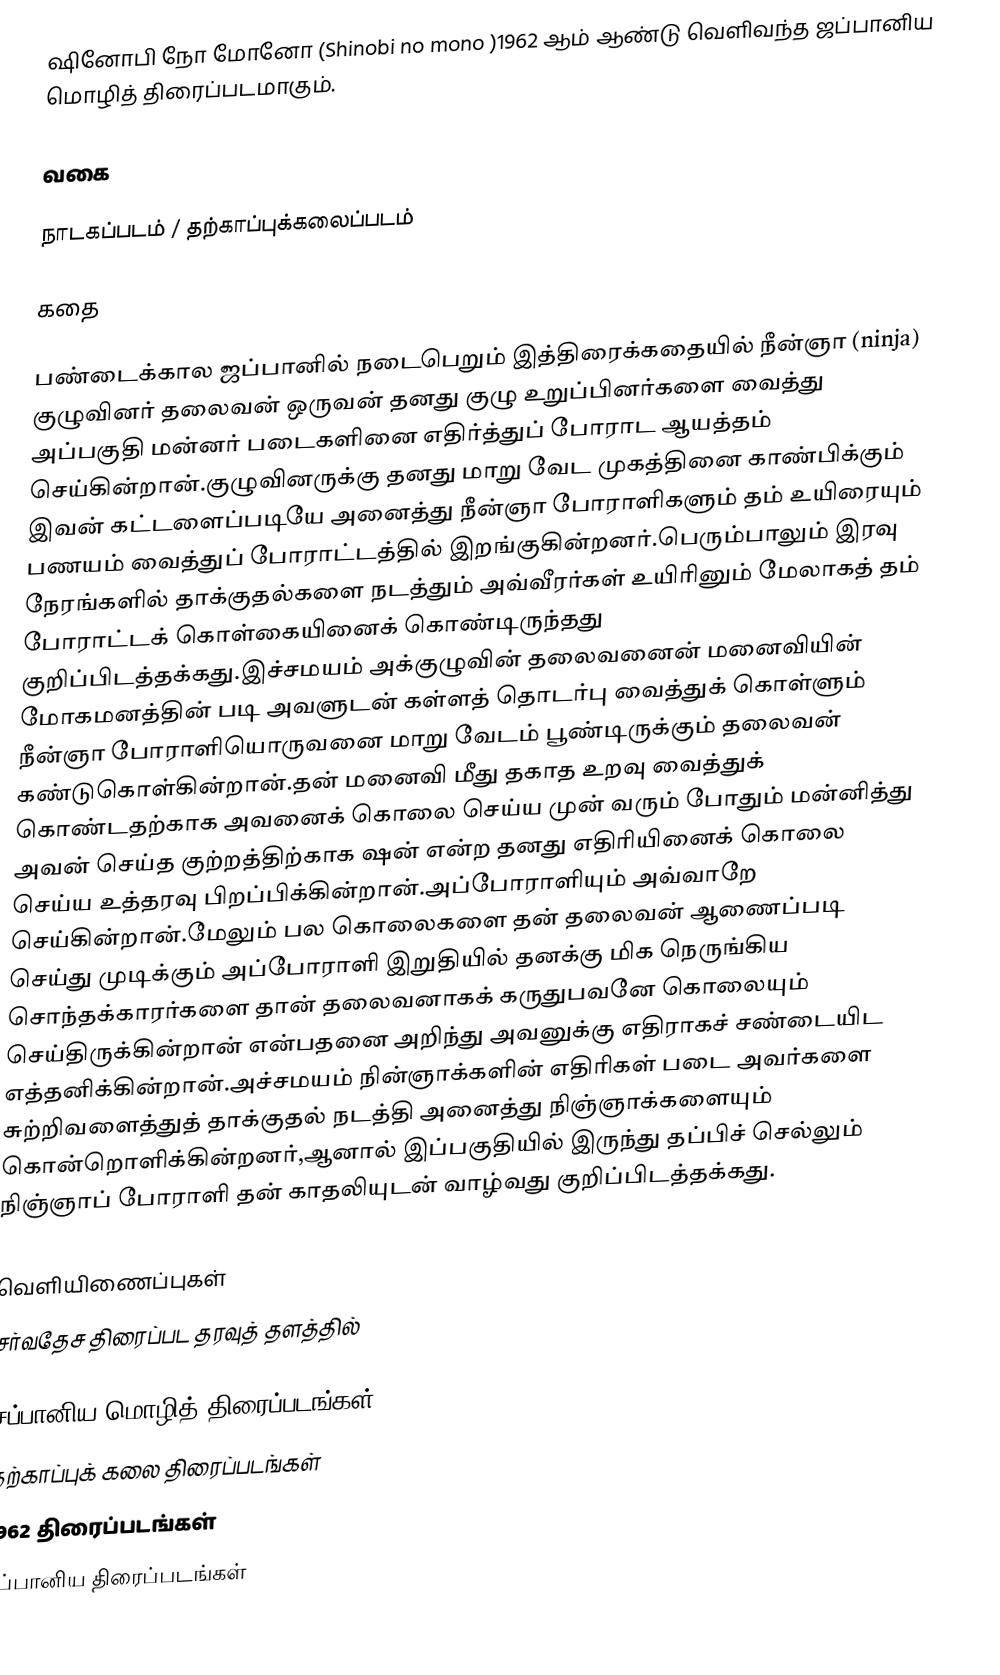
ஷினோபி நோ மோனோ (Shinobi no mono )1962 ஆம் ஆண்டு வெளிவந்த ஜப்பானிய மொழித் திரைப்படமாகும்.

வகை

நாடகப்படம் / தற்காப்புக்கலைப்படம்

கதை

பண்டைக்கால ஜப்பானில் நடைபெறும் இத்திரைக்கதையில் நீன்ஞா (ninja) குழுவினர் தலைவன் ஒருவன் தனது குழு உறுப்பினர்களை வைத்து அப்பகுதி மன்னர் படைகளினை எதிர்த்துப் போராட ஆயத்தம் செய்கின்றான்.குழுவினருக்கு தனது மாறு வேட முகத்தினை காண்பிக்கும் இவன் கட்டளைப்படியே அனைத்து நீன்ஞா போராளிகளும் தம் உயிரையும் பணயம் வைத்துப் போராட்டத்தில் இறங்குகின்றனர்.பெரும்பாலும் இரவு நேரங்களில் தாக்குதல்களை நடத்தும் அவ்வீரர்கள் உயிரினும் மேலாகத் தம் போராட்டக் கொள்கையினைக் கொண்டிருந்தது குறிப்பிடத்தக்கது.இச்சமயம் அக்குழுவின் தலைவனைன் மனைவியின் மோகமனத்தின் படி அவளுடன் கள்ளத் தொடர்பு வைத்துக் கொள்ளும் நீன்ஞா போராளியொருவனை மாறு வேடம் பூண்டிருக்கும் தலைவன் கண்டுகொள்கின்றான்.தன் மனைவி மீது தகாத உறவு வைத்துக் கொண்டதற்காக அவனைக் கொலை செய்ய முன் வரும் போதும் மன்னித்து அவன் செய்த குற்றத்திற்காக ஷன் என்ற தனது எதிரியினைக் கொலை செய்ய உத்தரவு பிறப்பிக்கின்றான்.அப்போராளியும் அவ்வாறே செய்கின்றான்.மேலும் பல கொலைகளை தன் தலைவன் ஆணைப்படி செய்து முடிக்கும் அப்போராளி இறுதியில் தனக்கு மிக நெருங்கிய சொந்தக்காரர்களை தான் தலைவனாகக் கருதுபவனே கொலையும் செய்திருக்கின்றான் என்பதனை அறிந்து அவனுக்கு எதிராகச் சண்டையிட எத்தனிக்கின்றான்.அச்சமயம் நின்ஞாக்களின் எதிரிகள் படை அவர்களை சுற்றிவளைத்துத் தாக்குதல் நடத்தி அனைத்து நிஞ்ஞாக்களையும் கொன்றொளிக்கின்றனர்,ஆனால் இப்பகுதியில் இருந்து தப்பிச் செல்லும் நிஞ்ஞாப் போராளி தன் காதலியுடன் வாழ்வது குறிப்பிடத்தக்கது.

வெளியிணைப்புகள்
சர்வதேச திரைப்பட தரவுத் தளத்தில்

சப்பானிய மொழித் திரைப்படங்கள்
தற்காப்புக் கலை திரைப்படங்கள்
1962 திரைப்படங்கள்
சப்பானிய திரைப்படங்கள்